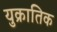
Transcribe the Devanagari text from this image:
युक्रातिक